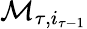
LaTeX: \mathcal{M}_{\tau,i_{\tau-1}}